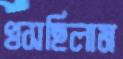
খসছিলাম